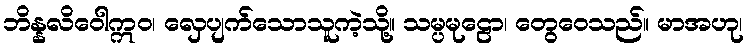
ဘိန္နလိဝေါဣဝ၊ လှေပျက်သောသူကဲ့သို့။ သမ္ပမုဠော၊ တွေဝေသည်။ မာအဟု၊